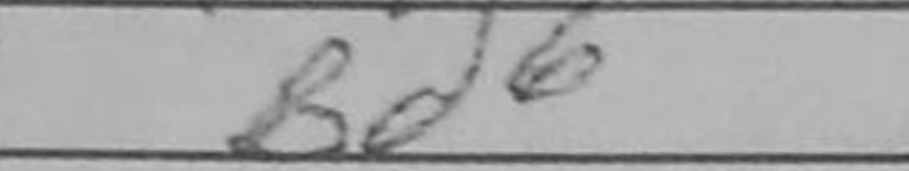
Transcription: Bd6